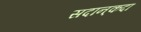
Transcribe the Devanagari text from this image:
सदान्‌कदा